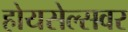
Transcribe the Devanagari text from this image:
होयसेल्सवर